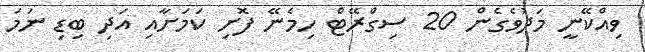
ވިއްކޭނީ މަދުވެގެން 20 ސިގްރޭޓް ހިމެނޭ ފޮށި ކަމަށާއި އަދި ބިޑި ނަމަ